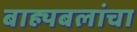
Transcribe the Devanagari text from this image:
बाह्यबलांचा